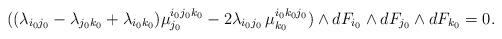
LaTeX: \begin{align*}((\lambda_{i_0j_0} -\lambda_{j_0k_0} +\lambda_{i_0k_0}) \mu_{j_0}^{i_0j_0k_0}- 2\lambda_{i_0j_0}\,\mu_{k_0}^{i_0k_0j_0}) \wedge dF_{i_0} \wedge dF_{j_0} \wedge dF_{k_0}= 0. \end{align*}